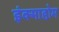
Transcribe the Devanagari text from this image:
इंक्माहोम